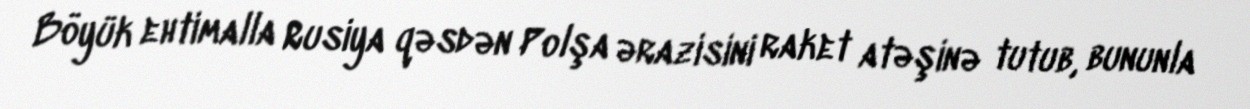
Böyük ehtimalla Rusiya qəsdən Polşa ərazisini raket atəşinə tutub, bununla